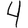
Digit: 4